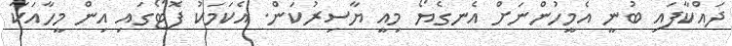
ދައްކާފައި ބުނީ އެމީހުންނަށް އެނގެޔޯ މިއީ ޔާސިރުކަން. އެކަމަކު ފޮޓޯގައި އިން މީހާއަކާ